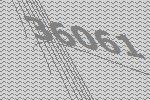
36061